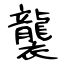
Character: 襲